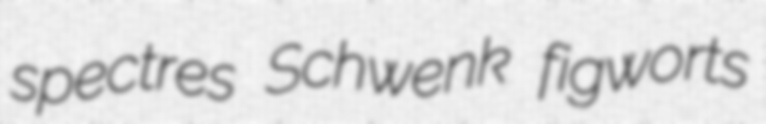
spectres Schwenk figworts